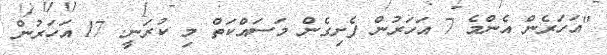
"އަހަރެން އެންމެ 7 އަހަރުން ފެށިގެން މަސައްކަތް މި ކުރަނީ. 17 އަހަރުން